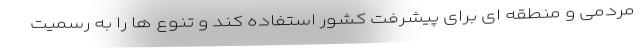
مردمی و منطقه ای برای پیشرفت کشور استفاده کند و تنوع ها را به رسمیت